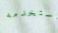
تستخدمه